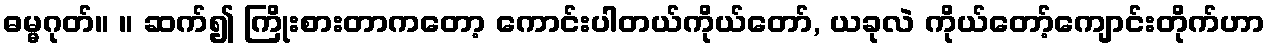
ဓမ္မဂုတ်။ ။ ဆက်၍ ကြိုးစားတာကတော့ ကောင်းပါတယ်ကိုယ်တော်, ယခုလဲ ကိုယ်တော့်ကျောင်းတိုက်ဟာ